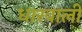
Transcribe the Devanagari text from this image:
धारवाली